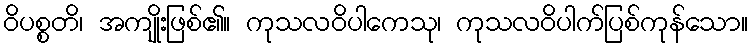
ဝိပစ္စတိ၊ အကျိုးဖြစ်၏။ ကုသလဝိပါကေသု၊ ကုသလဝိပါက်ပြစ်ကုန်သော။